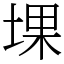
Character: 堁